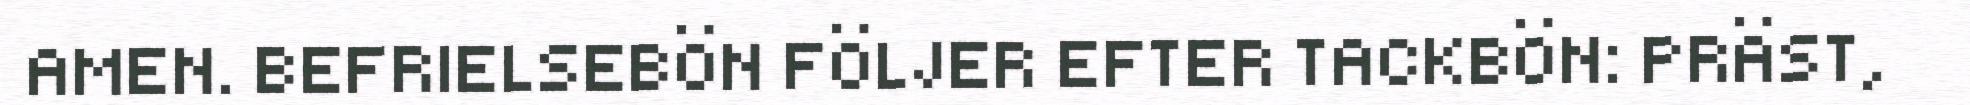
AMEN. BEFRIELSEBÖN FÖLJER EFTER TACKBÖN: PRÄST,